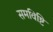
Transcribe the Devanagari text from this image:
समविष्टि